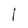
Character: I